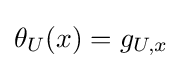
\theta _{U}(x)=g_{U,x}